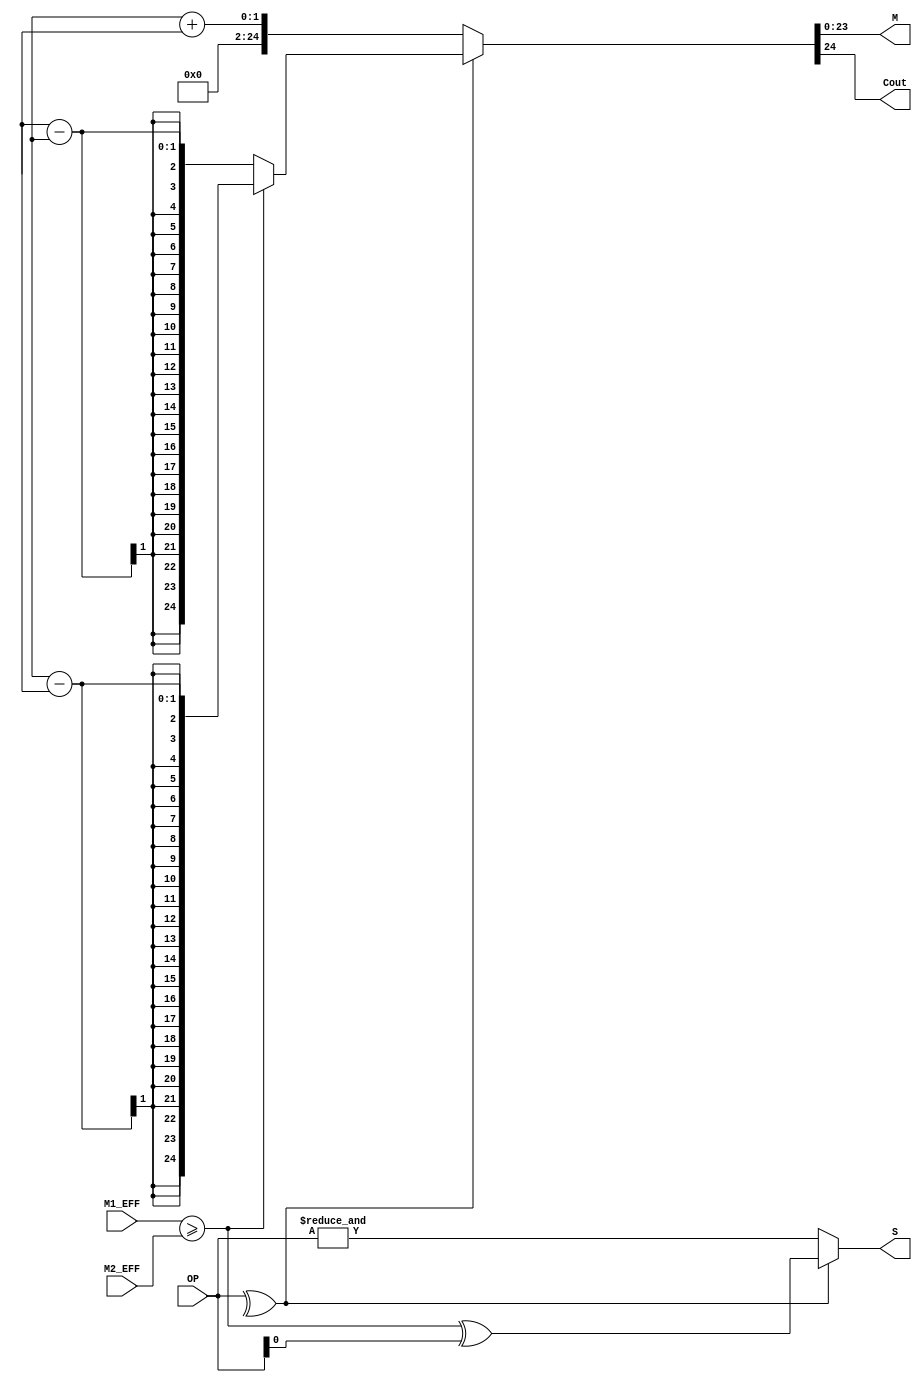
module ADD_SUB (
    input  wire [1:0] OP,
    input  wire [23:0] M1_EFF,
    input  wire [23:0] M2_EFF,
    output wire S,
    output wire [23:0] M,
    output wire Cout
);

wire order;
assign order     = M1_EFF >= M2_EFF;
assign S         = (^OP) ? (order^OP[0]) : (&OP);
assign {Cout, M} = (^OP) ? ((order) ? (M1-M2) : (M2-M1)) : (M1+M2);

endmodule